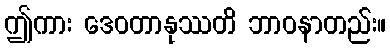
ဤကား ဒေဝတာနုဿတိ ဘာဝနာတည်း။